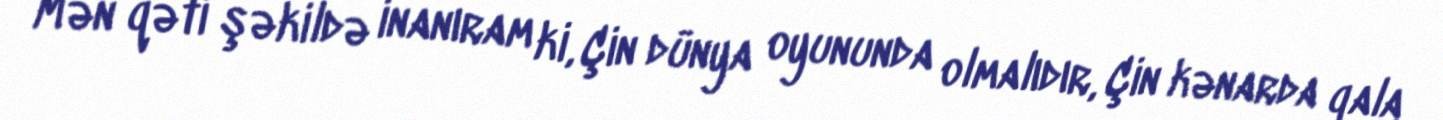
Mən qəti şəkildə inanıram ki, Çin dünya oyununda olmalıdır, Çin kənarda qala